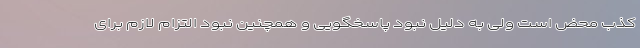
کذب محض است ولی به دلیل نبود پاسخگویی و همچنین نبود التزام لازم برای